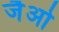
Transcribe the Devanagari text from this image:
जैओ